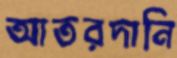
আতরদানি